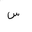
Letter: _sin